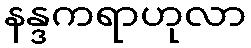
နန္ဒကရာဟုလာ